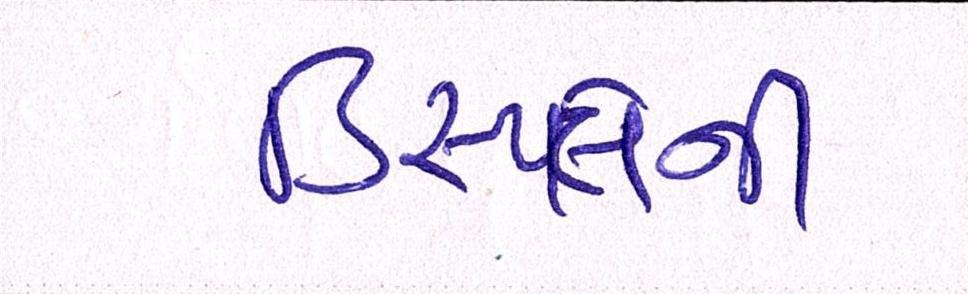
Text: ડિસ્પ્લેની